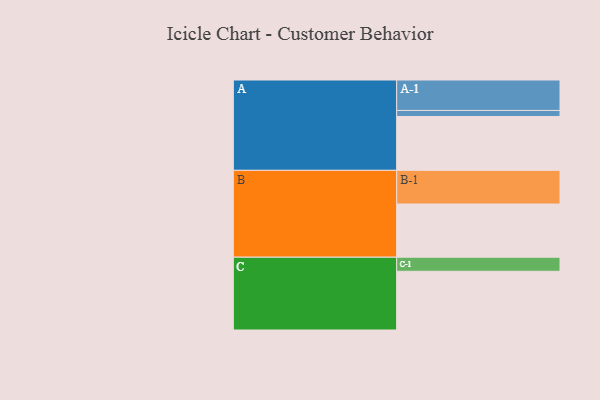
{"axis": {"x": "Segment", "y": "Value"}, "legend": ["", "A", "B", "C"], "data": [{"x": "A", "y": 448, "type": ""}, {"x": "B", "y": 442, "type": ""}, {"x": "C", "y": 488, "type": ""}, {"x": "A-1", "y": 253, "type": "A"}, {"x": "A-2", "y": 50, "type": "A"}, {"x": "B-1", "y": 280, "type": "B"}, {"x": "C-1", "y": 117, "type": "C"}]}